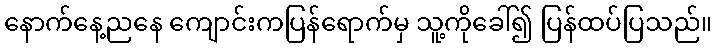
နောက်နေ့ညနေ ကျောင်းကပြန်ရောက်မှ သူ့ကိုခေါ်၍ ပြန်ထပ်ပြသည်။